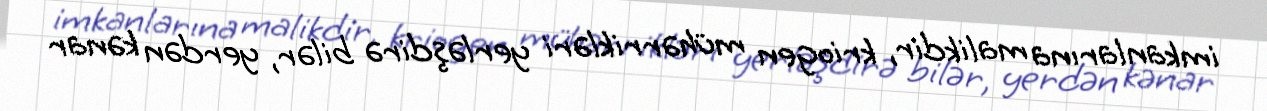
imkanlarına malikdir, kriogen mühərrikləri yerləşdirə bilər, yerdən kənar